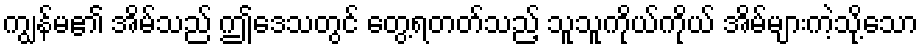
ကျွန်မ၏ အိမ်သည် ဤဒေသတွင် တွေ့ရတတ်သည့် သူသူကိုယ်ကိုယ် အိမ်များကဲ့သို့သော